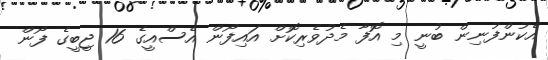
އެކުންފުނިން ބުނީ މި އޮފާ މެދުވެރިކޮށް އައިފޯން އެސްއީގެ 16 ޖީބީގެ ފޯން